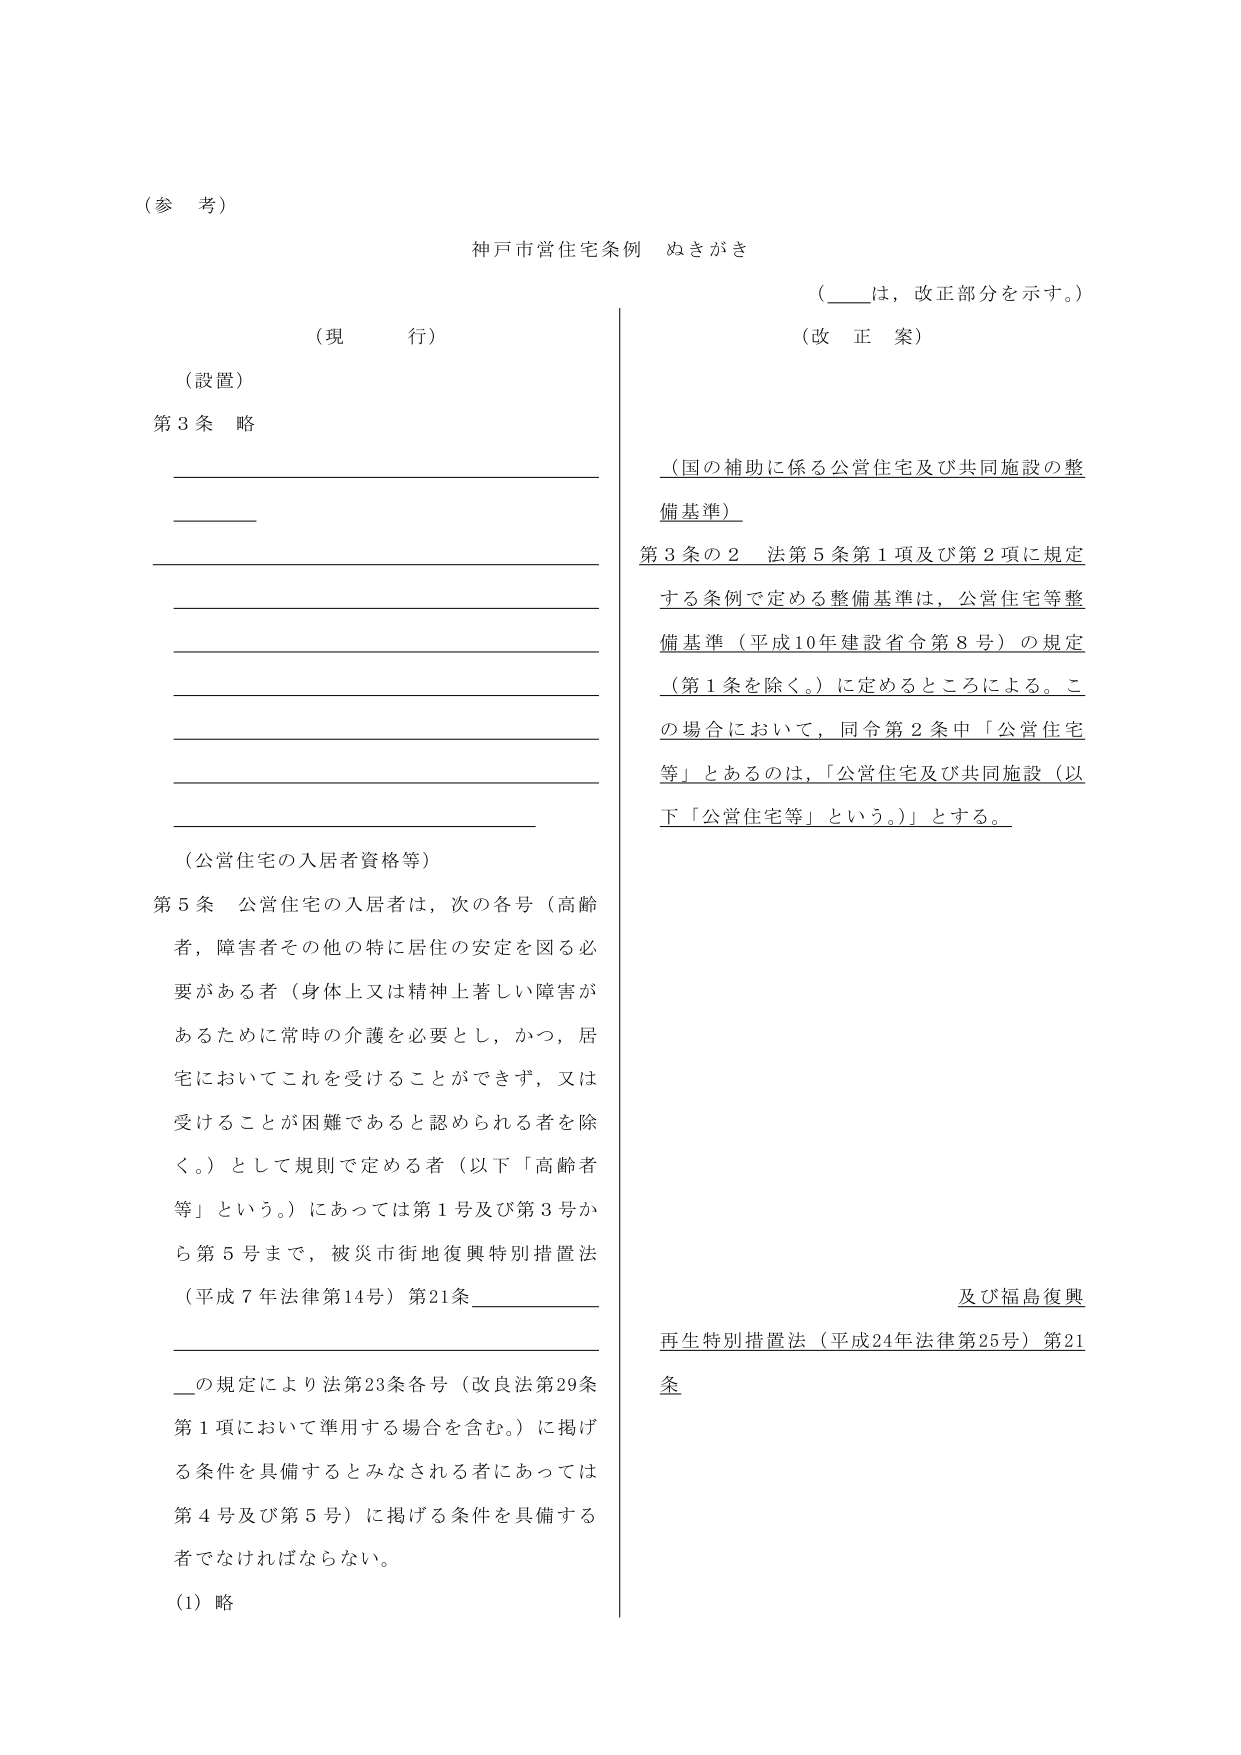
（参 考）

神戸市営住宅条例 ぬきがき

（____は，改正部分を示す。）

（現 行）

（設置）

第３条 略

（公営住宅の入居者資格等）

第５条 公営住宅の入居者は，次の各号（高齢者，障害者その他の特に居住の安定を図る必要がある者（身体上又は精神上著しい障害があるために常時の介護を必要とし，かつ，住宅においてこれを受けることができず，又は受けることが困難であると認められる者を除く。）として規則で定める者（以下「高齢者等」という。）にあっては第１号及び第３号から第５号まで，被災市街地復興特別措置法（平成７年法律第14号）第21条______の規定により法第23条各号（改良法第29条第１項において準用する場合を含む。）に掲げる条件を具備するとみなされる者にあっては第４号及び第５号）に掲げる条件を具備する者でなければならない。

（1）略

（改正案）

（国の補助に係る公営住宅及び共同施設の整備基準）

第３条の２ 法第５条第１項及び第２項に規定する条例で定める整備基準は，公営住宅等整備基準（平成10年建設省令第８号）の規定（第１条を除く。）に定めるところによる。この場合において，同令第２条中「公営住宅等」とあるのは，「公営住宅及び共同施設（以下「公営住宅等」という。）」とする。

及び福島復興再生特別措置法（平成24年法律第25号）第21条